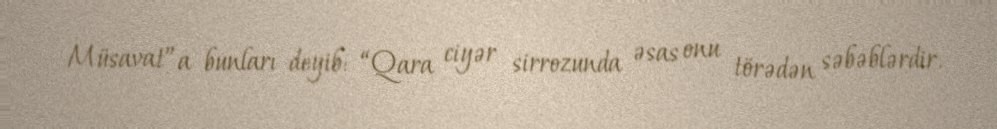
Müsavat”a bunları deyib: “Qara ciyər sirrozunda əsas onu törədən səbəblərdir.